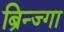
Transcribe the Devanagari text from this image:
ब्रिन्ज्गा